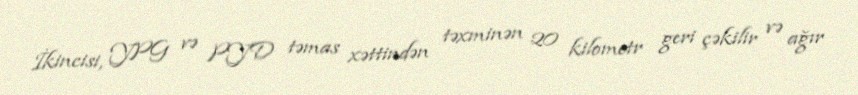
İkincisi, YPG və PYD təmas xəttindən təxminən 20 kilometr geri çəkilir və ağır